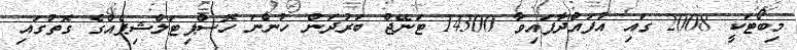
މިބޯޓަކީ 2008 ގައި އުފައްދާފައިވާ 14300 ޓަނޭޖް ބަރުދަން ހުންނަ ހޮސްޕިޓަލްޝިޕެއްގެ ގޮތުގައި